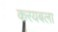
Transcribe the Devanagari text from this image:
करयबला